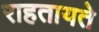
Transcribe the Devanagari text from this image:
राहतायते